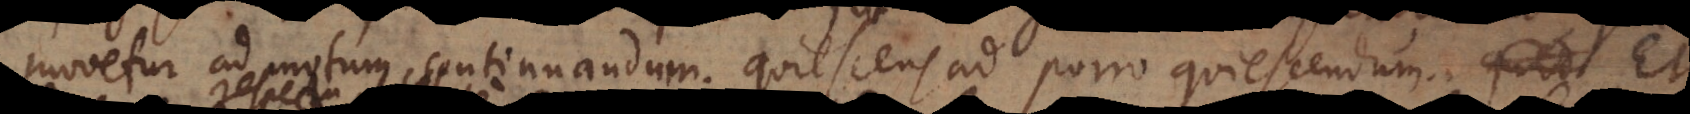
movetur ad motum continuandum; quiescens ad porro quiescendum. Et